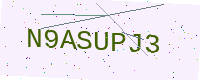
Text: N9ASUPJ3